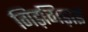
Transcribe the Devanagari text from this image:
गिड़गिड़ाई